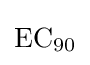
{\mathrm {EC} {\vphantom {A}}_{\smash[{t}]{90}}}